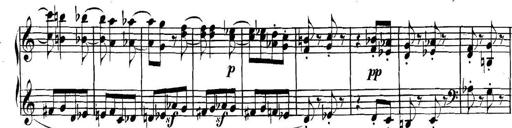
Title: Collected Piano Sonatas
Composer: Muzio Clementi